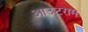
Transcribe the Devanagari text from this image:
आउटराम